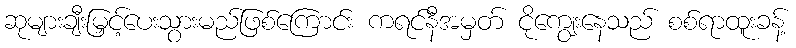
ဆုများချီးမြှင့်ပေးသွားမည်ဖြစ်ကြောင်း ကရင်နီအမှတ် ငိုကျွေးနေသည် စစ်ရာထူးခန့်